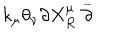
k _ { \mu } \theta _ { \nu } \partial X _ { R } ^ { \mu } \stackrel { \_ } { \partial }